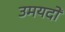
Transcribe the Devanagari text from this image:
उमयदों